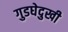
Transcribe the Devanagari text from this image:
गुडघेदुखी